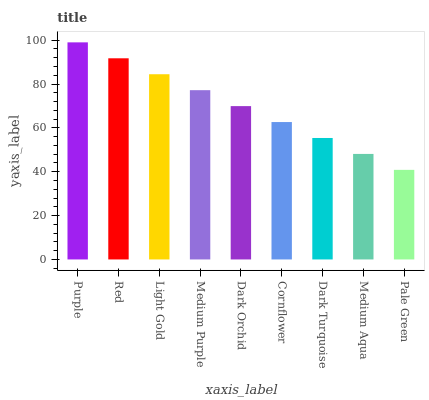
| xaxis_label | bars |
 | --- | --- |
 | Purple | 99 |
 | Red | 91.7 |
 | Light Gold | 84.5 |
 | Medium Purple | 77.2 |
 | Dark Orchid | 69.9 |
 | Cornflower | 62.7 |
 | Dark Turquoise | 55.4 |
 | Medium Aqua | 48.1 |
 | Pale Green | 40.9 |